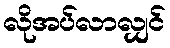
လိုအပ်လာလျှင်